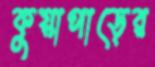
কুয়াপাড়ের